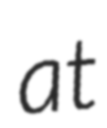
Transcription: at